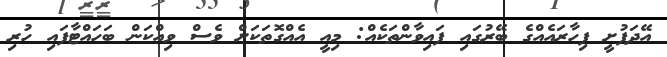
އޭދަފުށީ ފިހާރައެއްގެ ބޭރުގައި ފައިވާންތަކެއް: މިއީ އެއްގޮތަކަށް ވެސް ވިއްކަން ބަހައްޓާފައި ހުރި